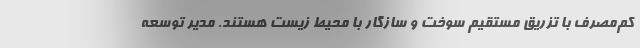
کم‌مصرف با تزریق مستقیم سوخت و سازگار با محیط زیست هستند. مدیر توسعه